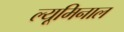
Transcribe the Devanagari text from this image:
ल्यूमिनाल